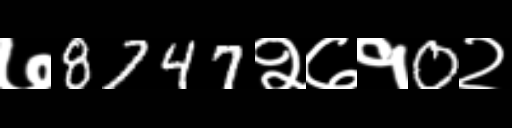
Text: ७8747२७१0२